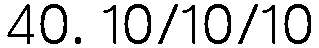
40. 10/10/10